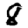
Digit: 8